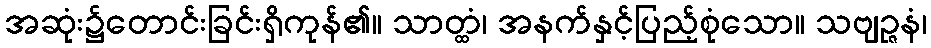
အဆုံး၌တောင်းခြင်းရှိကုန်၏။ သာတ္ထံ၊ အနက်နှင့်ပြည့်စုံသော။ သဗျဉ္ဇနံ၊